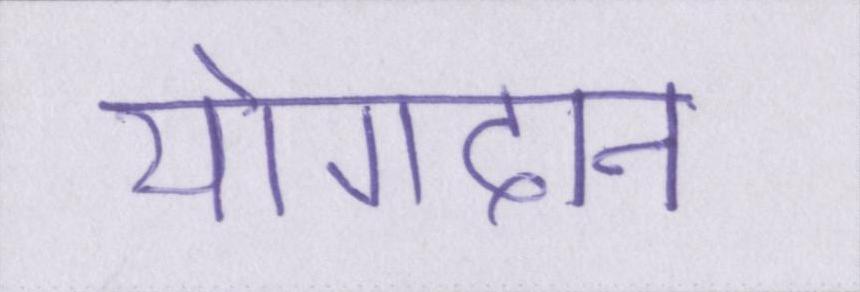
योगदान